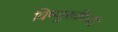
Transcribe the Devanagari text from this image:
विष्णुरूपिणी